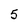
Character: 5